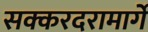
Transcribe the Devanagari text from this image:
सक्करदरामार्गे